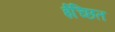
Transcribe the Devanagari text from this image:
ईच्छित